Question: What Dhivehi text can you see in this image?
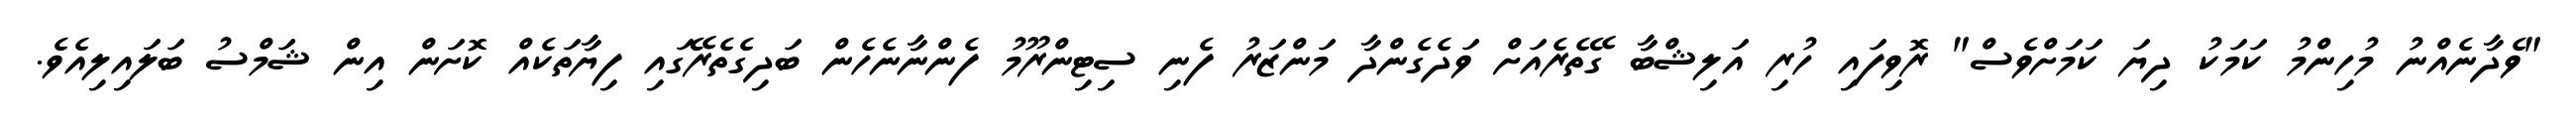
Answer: "ވެދާނެއްނު މުހިންމު ކަމަކު ދިޔަ ކަމަށްވެސް" ރޮވިފައި ހުރި އަލިޝްބާ ގޭތެރެއަށް ވަދެގެންދާ މަންޒަރު ފެނި ސިޓިންރޫމު ފެންނާނެހެން ބަދިގެތެރޭގައި ފިޔާތަކެއް ކޮށަން އިން ޝަމްސު ބަލައިލިއެވެ.